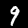
Digit: 9